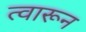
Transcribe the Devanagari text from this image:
त्वारून